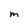
Character: M